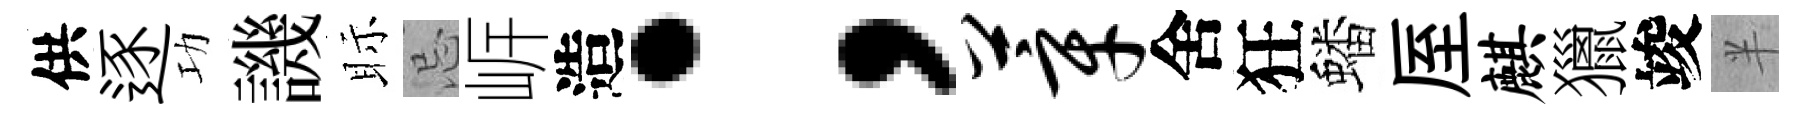
供逐功譏眎忌㟁造；莘舍狂蟠厔麒獵竣半